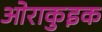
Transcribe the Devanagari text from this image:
ओराकुइक